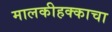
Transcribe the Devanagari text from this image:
मालकीहक्काचा